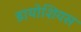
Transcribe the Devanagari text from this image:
डायोशियस